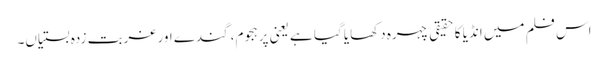
اس فلم میں انڈیا کا حقیقی چہرہ دکھایا گیا ہے یعنی پرہجوم، گندے اور غربت زدہ بستیاں۔